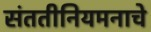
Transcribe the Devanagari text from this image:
संततीनियमनाचे